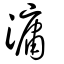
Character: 滽